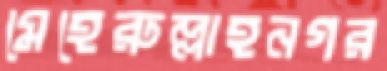
মেহেরুল্লাহনগর